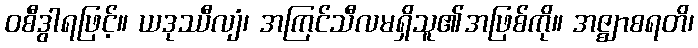
ဝစီဒွါရဖြင့်။ ယဒုဿီလျံ၊ အကြင်သီလမရှိသူ၏အဖြစ်ကို။ အဇ္ဈာစရတိ၊